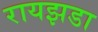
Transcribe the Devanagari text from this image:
रायझडा